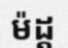
ម៉ដ្ត